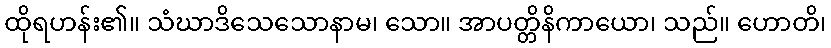
ထိုရဟန်း၏။ သံဃာဒိသေသောနာမ၊ သော။ အာပတ္တိနိကာယော၊ သည်။ ဟောတိ၊